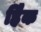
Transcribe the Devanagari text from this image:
हैिक